Report on vaccination in the Province of Bengal - 1869-1873
Year: 1869
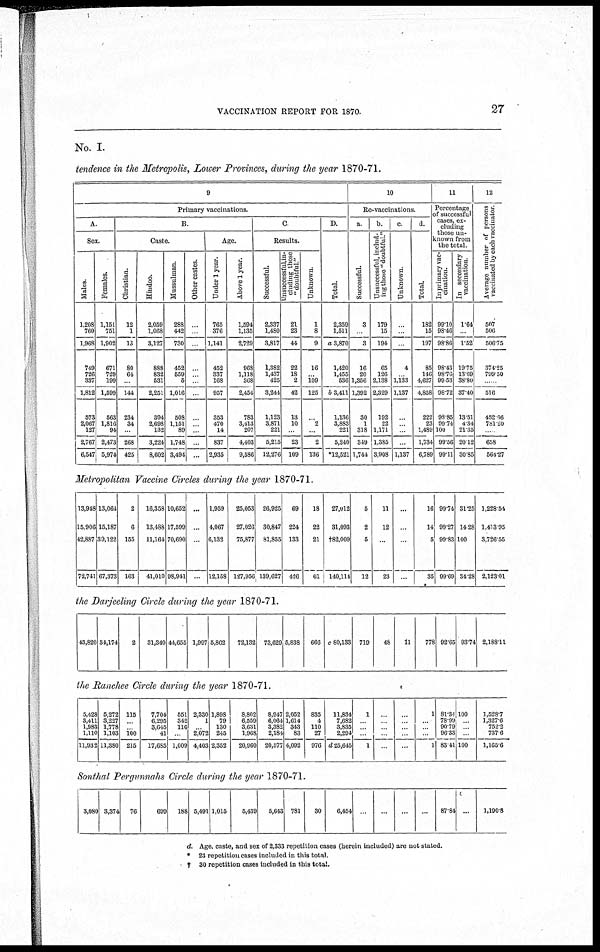
VACCINATION REPORT FOR 1870.
27
No. I.
tendence in the Metropolis, Lower Provinces, during the year 1870-71.
9
Primary vaccinations.
A.
Sex.
Males.
1,208
760
1,968
749
726
337
1,812
573
2,067
127
2,767
6,547
Females.
1,151
751
1,902
671
729
199
1,599
563
1,816
94
2,473
5,974
B.
Caste.
Christian.
12
1
13
80
64
...
144
234
34
...
268
425
Hindoo.
2,059
1,068
3,127
888
832
531
2,251
394
2,698
132
3,224
8,602
Mussulman.
288
442
730
452
559
5
1,016
508
1,151
89
1,748
3,494
Other castes.
...
...
...
...
...
...
...
...
...
...
...
...
Age.
Under 1 year.
765
376
1,141
452
337
168
957
353
470
14
837
2,935
Above 1 year.
1,594
1,135
2,729
968
1,118
368
2,454
783
3,413
207
4,403
9,586
C
Results.
Successful.
2,337
1,480
3,817
1,382
1,437
425
3,244
1,123
3,871
221
5,215
12,276
Unsuccessful,in¬
cluding those
" doubtful"
21
23
44
22
18
2
42
13
10
...
23
109
Unknown.
1
8
9
16
... 109
125
...
2
...
2
136
D.
Total.
2,359
1,511
a 3,870
1,420
1,455
536
b 3,411
1,136
3,883
221
5,240
*12,521
10
Re-vaccinations.
a
Successful.
3
...
3
16
20
1,356
1,392
30
1
318
349
1,744
b.
Unsuccessful, includ-
ing those "doubtful."
179
15
194
65
126
2,138
2,329
192
22
1,171
1,385
3,908
c.
Unknown.
...
...
...
4
... 1,133
1,137
...
...
...
...
1,137
d.
Total.
182
15
197
85
146
4,627
4,858
222
23
1,489
1,734
6,789
11
Percentage
of successful
cases, ex-
cluding
those un-
known from
the total
In primary vac-
cination.
99.10
98.46
98.86
98.43
98.76
99.53
98.72
98.85
99.74
100
99.56
99.11
In secondary
vaccination
1.64
...
1.52
19.75
13.69
38.80
37.40
13.51
4.34
21.35
20.12
30.85
12
Average number of persons
vaccinated by each vaccinator
507
506
506.75
374.25
799.50
......
516
452.66
781.20
......
658
564.27
Metropolitan Vaccine Circles during the year 1870-71.
13,948
15,906
42,887
72,741
13,064
15,187
39,122
67,373
2
6
155
163
16,358
13,488
11,164
41,010
10,652
17,599
70,690
98,941
...
...
...
...
1,959
4,067
6,132
12,158
25,053
27,026
75,877
127,956
26,925
30,847
81,855
139,627
69
224
133
426
18
22
21
61
27,012
31,093
†82,009
140,114
5
2
5
12
11
12
...
23
...
...
...
...
16
14
5
35
99.74
99.27
99.83
99.69
31.25
14.28
100
34.28
1,228.54
1,413.95
3,726.55
2,123.01
the Darjeeling Circle during the year 1870-71.
43,820 34,174
2
31,340 44,655 1,997 5,862
72,132 73,629 5,838 666 c 80,133 719
48
11
778 92.65 93.74 2,188.11
the Ranchee Circle during the year 1870-71.
5,428
3,411
1,983
1,110
11,932
5,272
3,227
1,778
1,103
11,380
115
...
... 100
215
7,704
6,295
3,645
41
17,685
551
342
116
...
1,009
2,330
1
... 2,072
4,403
1,898
79
130
245
2,352
8,802
6,559
3,631
1,968
20,960
8,947
6,064
3,382
2,184
20,577
2,052
1,614
343
83
4,092
835
4
110
27
976
11,834
7,682
3,835
2,294
d 25,645
1
...
...
...
1
...
...
...
...
...
...
...
...
...
...
1
...
...
...
1
81.34
78.99
90.79
96.33
83.41
100
...
...
...
100
1,528.7
1,327.6
752.2
737.6
1,165.6
Sonthal Pergunnahs Circle during the year 1870-71.
3,080 3,374 76
699 188 5,491 1,015
5,439
5,643 781
30
6,454
...
...
...
... 87.84 ... 1,190.8
d. Age, caste, and sex of 2,333 repetition cases (herein included) are not stated.
* 23 repetition cases included in this total.
† 30 repetition cases included in this total.